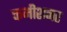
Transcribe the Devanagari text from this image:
कमीशनर